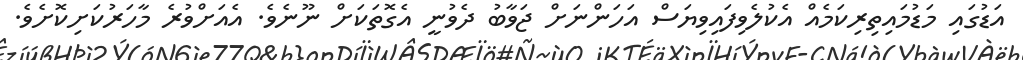
އަޑުގައި މަޑުމައިތިރިކަމެއް އެކުލެވިފައިވިޔަސް އަހަންނަށް ޖަވާބު ދެވުނީ އެގޮތަކަށް ނޫނެވެ. އެއަށްވުރެ މާހަރުކަށިކޮށެވެ.